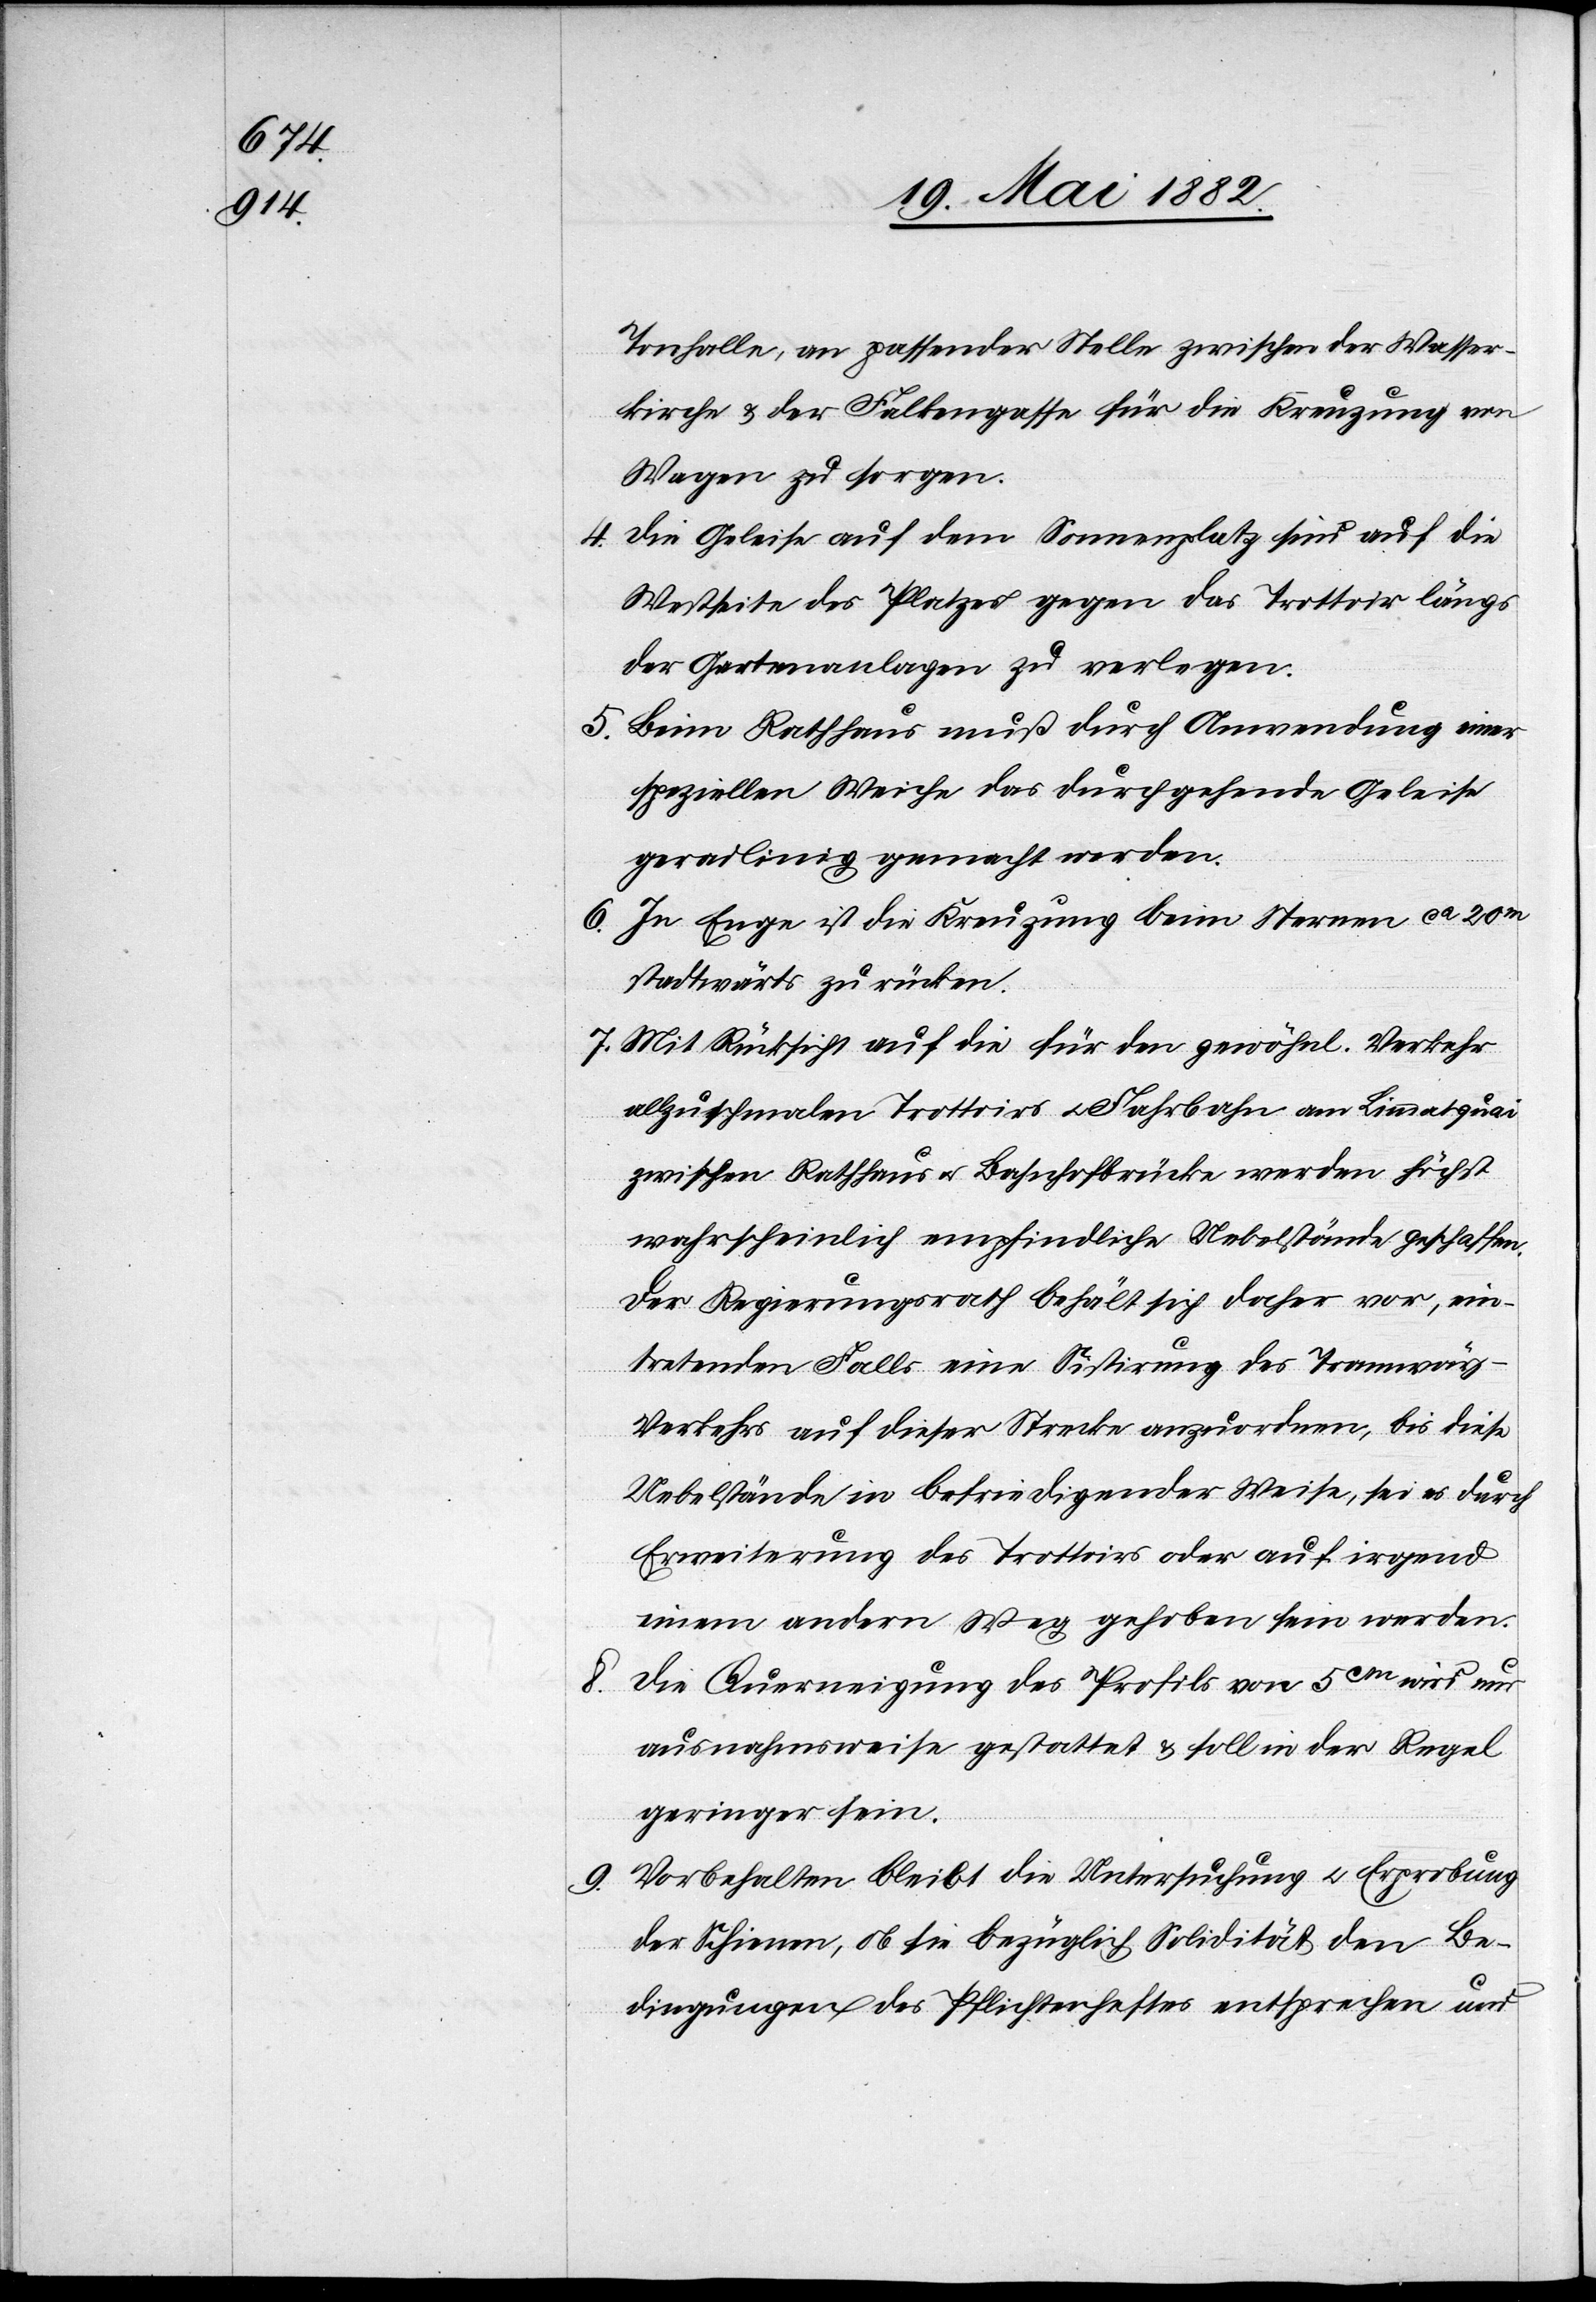
Tonhalle, an passender Stelle zwischen der Wasser¬
kirche & der Falkengasse für die Kreuzung von
Wagen zu sorgen.
4. Die Geleise auf dem Sonnenplatz sind auf die
Westseite des Platzes gegen das Trottoir längs
der Gartenanlage zu verlegen.
5. Beim Rathhaus muss durch Anwendung einer
speziellen Weiche das durchgehende Geleise
geradlinig gemacht werden.
6. In Enge ist die Kreuzung beim Sternen ca 20m
stadtwärts zu rücken.
7. Mit Rücksicht auf die für den gewöhnl. Verkehr
allzuschmalen Trottoirs u. Fahrbahn am Limmatquai
zwischen Rathhaus u. Bahnhofbrücke werden höchst
wahrscheinlich empfindliche Uebelstände geschaffen.
Der Regierungsrath behält sich daher vor, ein¬
tretenden Falls eine Sistirung des Tramway-V¬
erkehrs auf dieser Strecke anzuordnen, bis diese
Uebelstände in befriedigender Weise, sei es durch
Erweiterung des Trottoirs oder auf irgend
einem andern Weg gehoben sein werden.
8.
Die Querneigung des Profils von 5cm wird nur
ausnahmsweise gestattet & soll in der Regel
geringer sein.
9. Vorbehalten bleibt die Untersuchung u. Erprobung
der Schienen, ob sie bezüglich Solidität den Be¬
dingungen des Pflichtenheftes entsprechen und